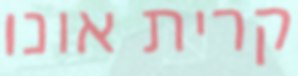
קרית אונו